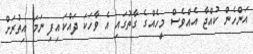
އަންހެން ކުއްޖާ އެއްވެސް މީހެއްގެ ގާތުގައި އެ ވާހަކަ ދައްކައިފި ނަމަ އިތުރަށް